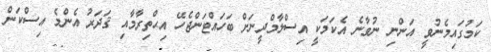
ކަމުގައިމެނުވީ އަންނި ނުވާނެ އެކަމަކީ އިސްލާމްދީނަށް ބަހައްޓަންޖެހޭ އިޙްތިރާމާއި ޤަދަރު އެންމެ އިސްކަން